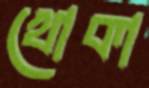
খোকা